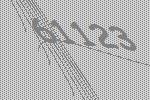
61123